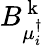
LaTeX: B_{\mu_{i}^{\dagger}}^{\mathrm{~k~}}